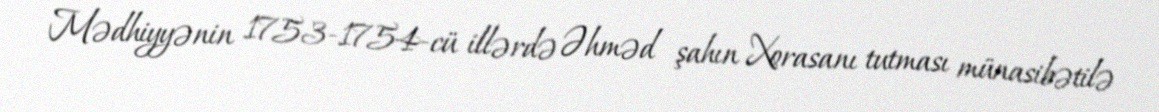
Mədhiyyənin 1753-1754-cü illərdə Əhməd şahın Xorasanı tutması münasibətilə